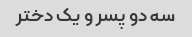
سه دو پسر و یک دختر